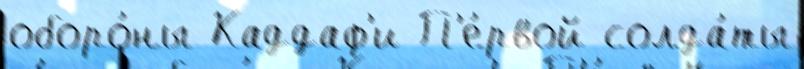
оборо́ны Каддаф'и П'е́рвой солда́ты